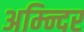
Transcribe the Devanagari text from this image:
अम्न्दिर